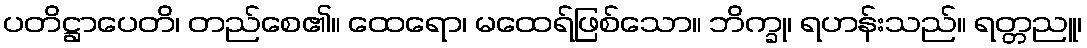
ပတိဋ္ဌာပေတိ၊ တည်စေ၏။ ထေရော၊ မထေရ်ဖြစ်သော။ ဘိက္ခု၊ ရဟန်းသည်။ ရတ္တညူ၊